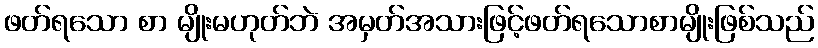
ဖတ်ရသော စာ မျိုးမဟုတ်ဘဲ အမှတ်အသားဖြင့်ဖတ်ရသောစာမျိုးဖြစ်သည်